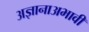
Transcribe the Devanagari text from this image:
अज्ञानाअभावी